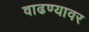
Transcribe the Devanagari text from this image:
वाढण्यावर